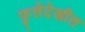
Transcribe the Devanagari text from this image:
फुलेदेखील